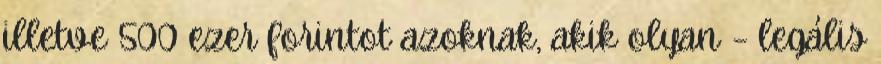
illetve 500 ezer forintot azoknak, akik olyan – legális